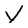
Character: v